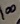
Text: 100